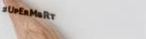
sUpErMaRt